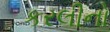
કરલીનો